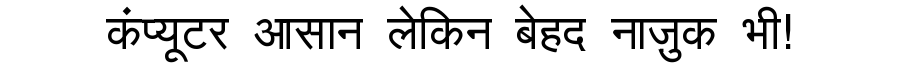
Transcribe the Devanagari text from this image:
कंप्यूटर आसान लेकिन बेहद नाज़ुक भी!